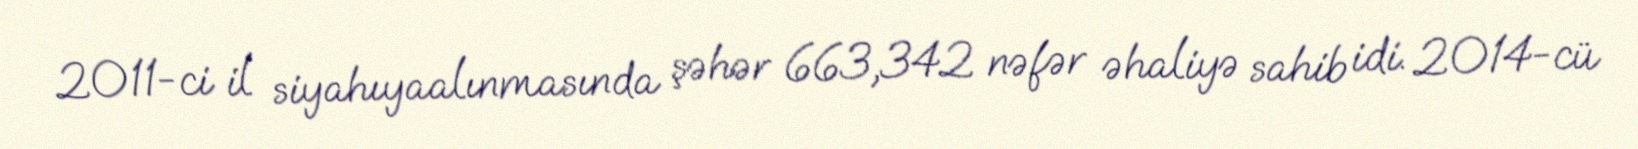
2011-ci il siyahıyaalınmasında şəhər 663,342 nəfər əhaliyə sahib idi. 2014-cü